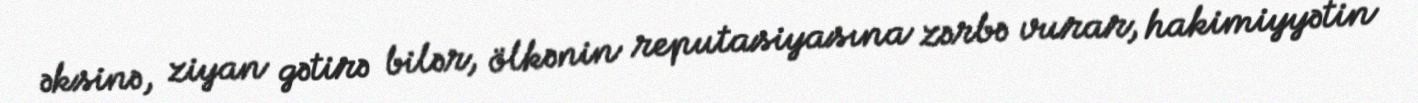
əksinə, ziyan gətirə bilər, ölkənin reputasiyasına zərbə vurar, hakimiyyətin